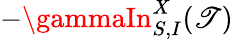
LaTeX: -\gammaIn_{S,I}^{X}(\mathscr{T})